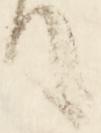
て